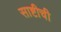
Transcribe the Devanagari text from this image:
साष्टीची